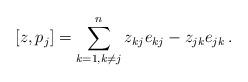
LaTeX: \begin{align*} [z,p_j] = \sum_{k=1, k\neq j}^{n} z_{kj} e_{kj} - z_{jk} e_{jk}\,.\end{align*}